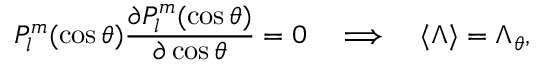
P _ { l } ^ { m } ( \cos \theta ) \frac { \partial P _ { l } ^ { m } ( \cos \theta ) } { \partial \cos \theta } = 0 ~ ~ ~ \Longrightarrow ~ ~ ~ { \langle \Lambda \rangle } = \Lambda _ { \theta } ,